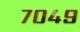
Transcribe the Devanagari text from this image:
७०४९